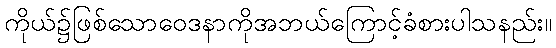
ကိုယ်၌ဖြစ်သောဝေဒနာကိုအဘယ်ကြောင့်ခံစားပါသနည်း။